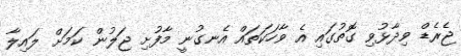
ޖެރެޑް ވިދާޅުވި ގޮތުގައި އެ ވާހަކަތައް އެނގުނީ މާފުށި ޖަލުން ކަމަށް ލައިލާ